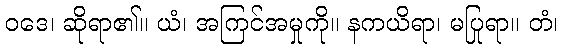
ဝဒေ၊ ဆိုရာ၏။ ယံ၊ အကြင်အမှုကို။ နကယိရာ၊ မပြုရာ။ တံ၊